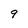
Character: 9